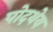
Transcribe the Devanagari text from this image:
पोदथेय